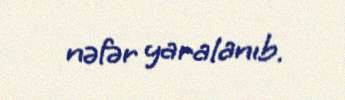
nəfər yaralanıb.